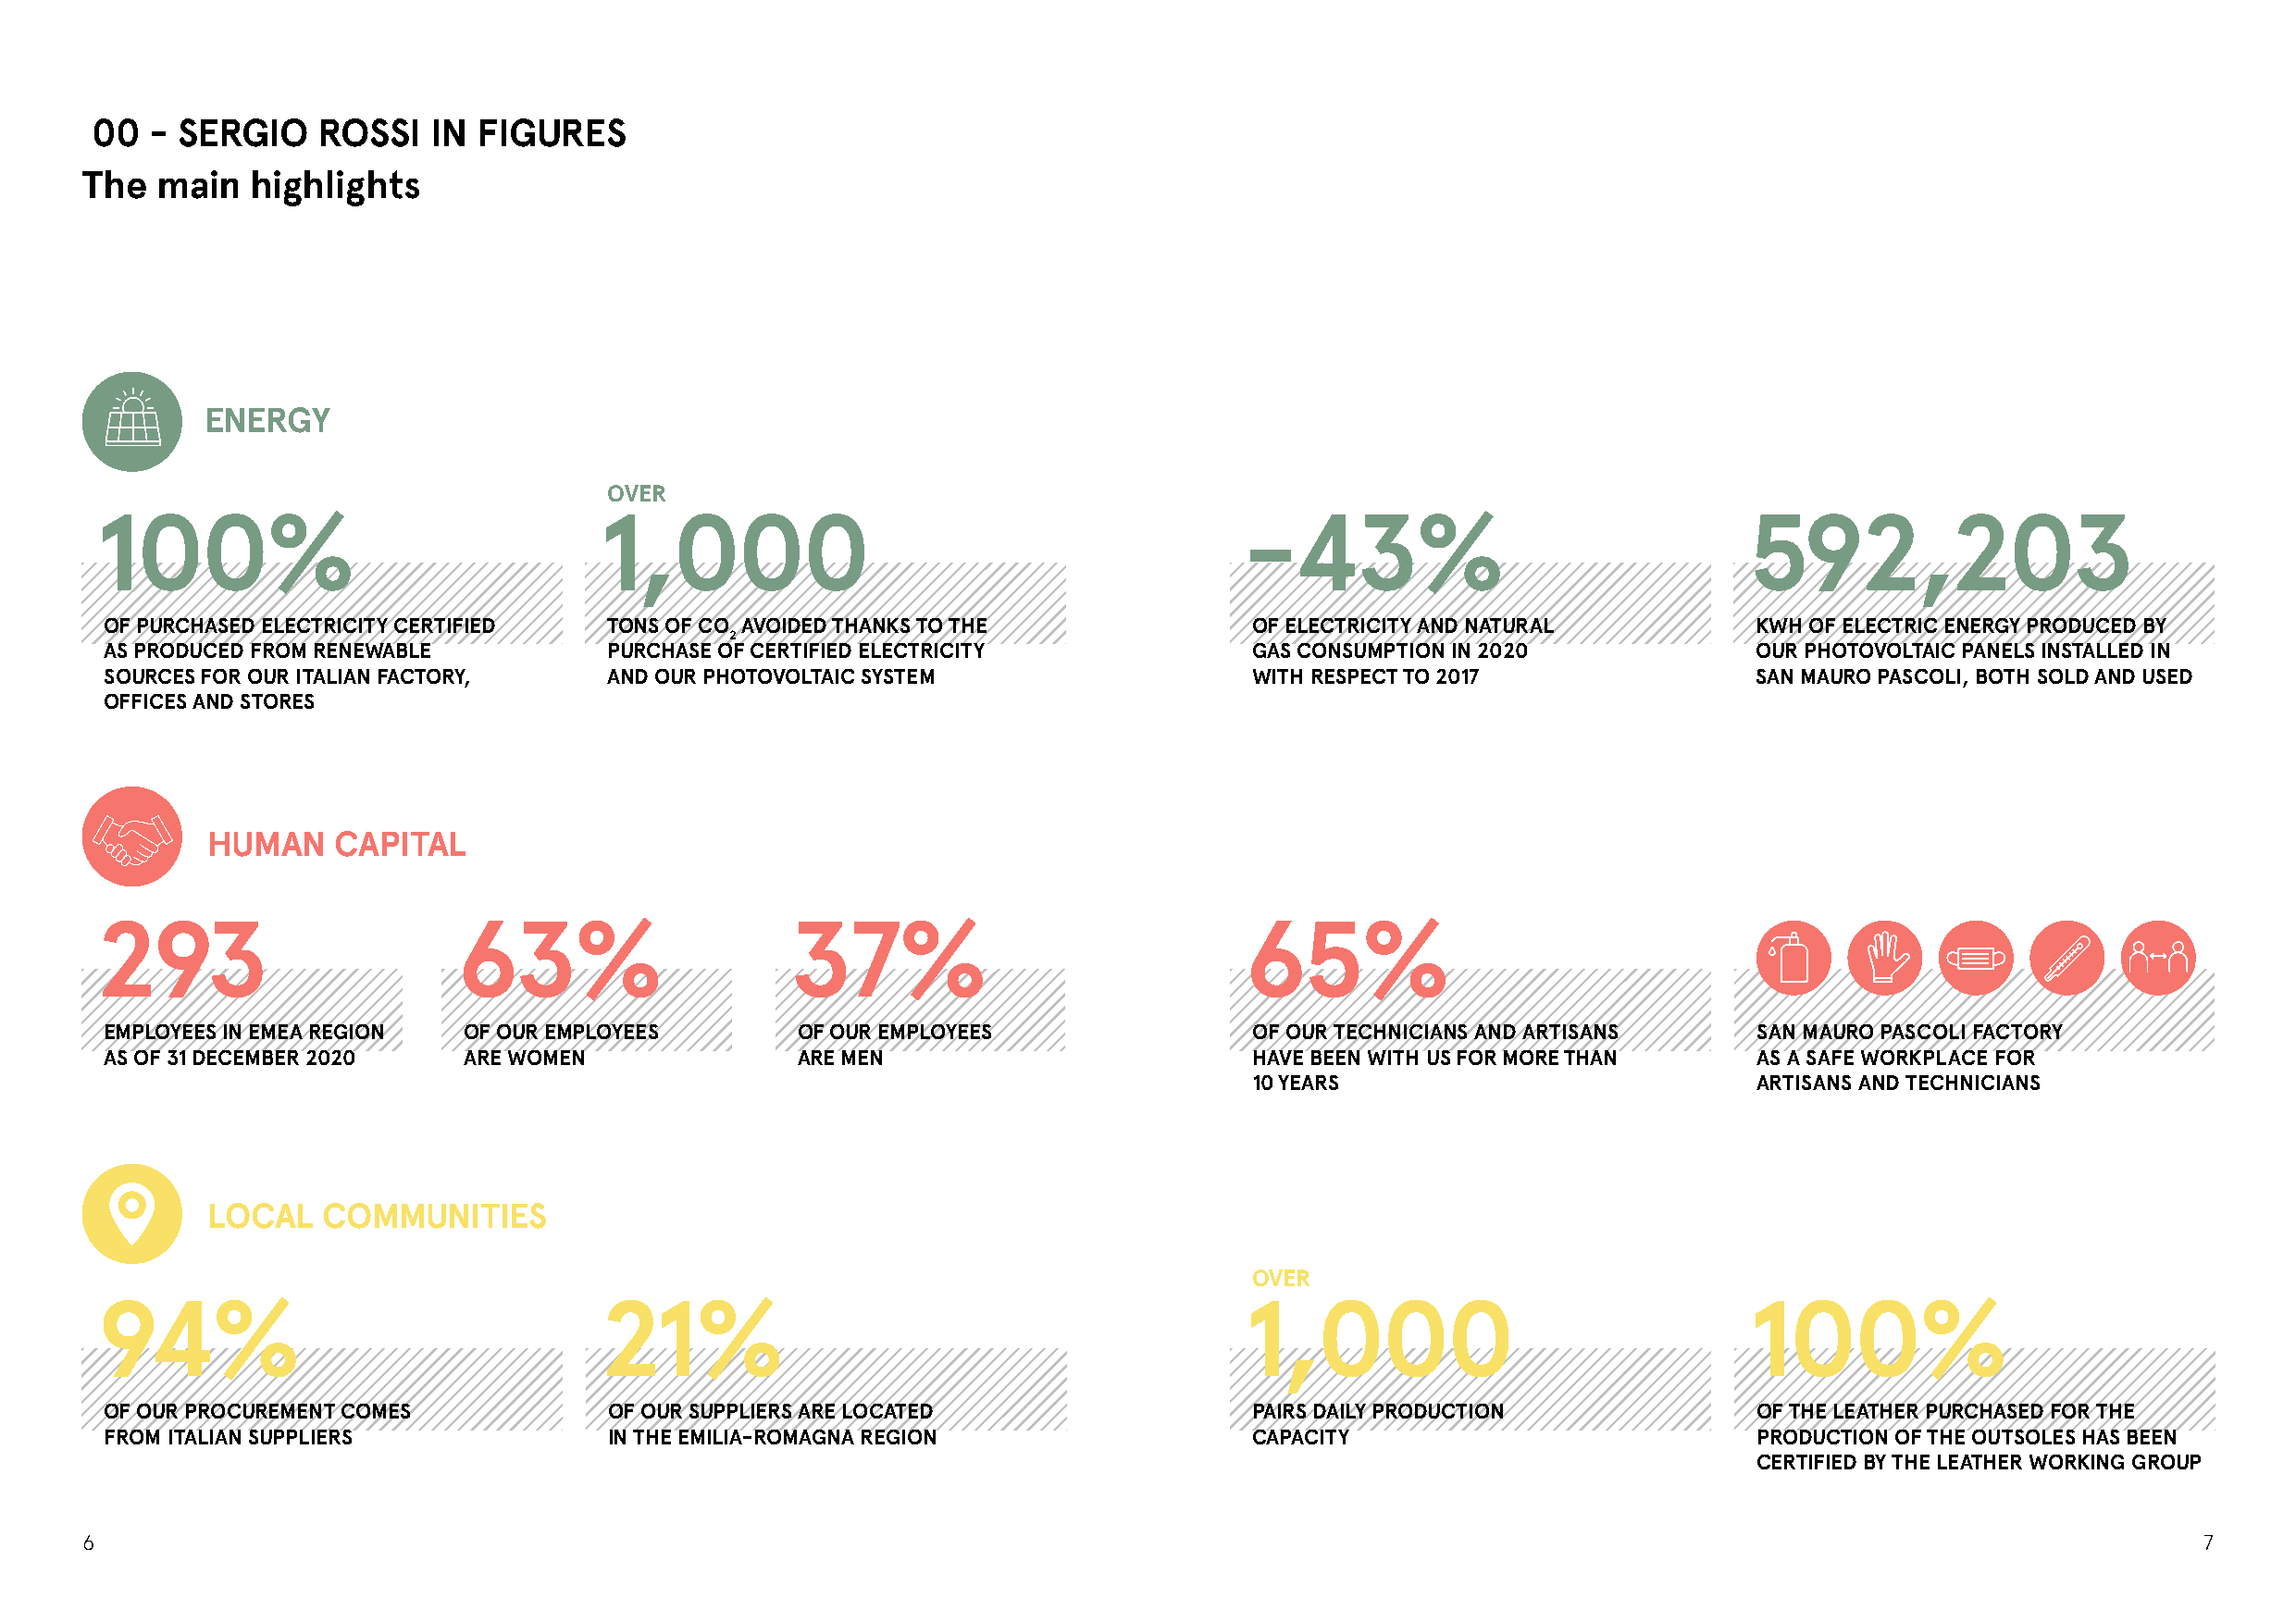
00  - SERGIO    ROSSI   IN FIGURES
 The  main   highlights
 ENERGY
 OVER
 100%                                1,000                                         -43%                                592,203
 OF PURCHASED ELECTRICITY CERTIFIED  TONS OF CO AVOIDED THANKS TO THE               OF ELECTRICITY AND NATURAL          KWH OF ELECTRIC ENERGY PRODUCED BY
 2
 AS PRODUCED FROM RENEWABLE          PURCHASE OF CERTIFIED ELECTRICITY              GAS CONSUMPTION IN 2020             OUR PHOTOVOLTAIC PANELS INSTALLED IN
 SOURCES FOR OUR ITALIAN FACTORY,    AND OUR PHOTOVOLTAIC SYSTEM                    WITH RESPECT TO 2017                SAN MAURO PASCOLI, BOTH SOLD AND USED
 OFFICES AND STORES
 HUMAN    CAPITAL
 293                       63%                    37%                              65%
 EMPLOYEES IN EMEA REGION  OF OUR EMPLOYEES        OF OUR EMPLOYEES                 OF OUR TECHNICIANS AND ARTISANS     SAN MAURO PASCOLI FACTORY
 AS OF 31 DECEMBER 2020    ARE WOMEN               ARE MEN                          HAVE BEEN WITH US FOR MORE THAN     AS A SAFE WORKPLACE FOR
 10 YEARS                            ARTISANS AND TECHNICIANS
 LOCAL   COMMUNITIES
 OVER
 94%                                 21%                                           1,000                               100%
 OF OUR PROCUREMENT COMES            OF OUR SUPPLIERS ARE LOCATED                   PAIRS DAILY PRODUCTION              OF THE LEATHER PURCHASED FOR THE
 FROM ITALIAN SUPPLIERS              IN THE EMILIA-ROMAGNA REGION                   CAPACITY                            PRODUCTION OF THE OUTSOLES HAS BEEN
 CERTIFIED BY THE LEATHER WORKING GROUP
 6                                                                                                                                                       7